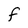
Character: F